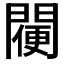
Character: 𨵸